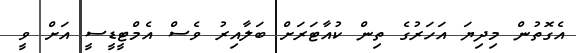
އެގޮތުން މިދިޔަ އަހަރުގެ ތިން ކުއާޓަރަށް ބަލާއިރު ވެސް އެމްޓީޑީސީ އަށް ވީ